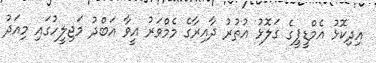
އިދިކޮޅު އެމްޑީޕީގެ ގަލޮޅު އުތުރު ދާއިރާގެ މެމްވަރު އީވާ އަބްދު މަޖިލީހުގައި މިއަދު